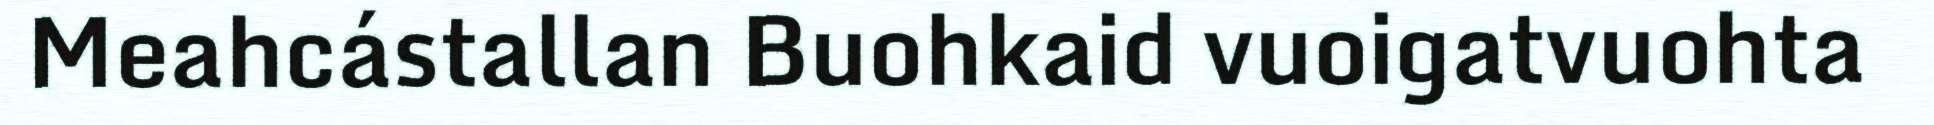
Meahcástallan Buohkaid vuoigatvuohta